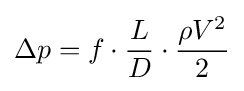
\Delta p=f\cdot {\frac {L}{D}}\cdot {\frac {\rho V^{2}}{2}}